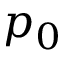
p _ { 0 }